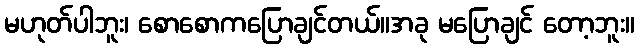
မဟုတ်ပါဘူး၊ စောစောကပြောချင်တယ်။အခု မပြောချင် တော့ဘူး။